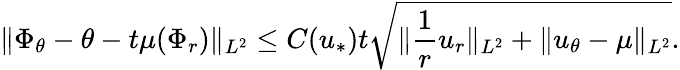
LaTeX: \| \Phi_{\theta}-\theta-t\mu(\Phi_{r})\| _{L^{2}}\leq C(u_{*})t\sqrt{\| \frac{1}{r}u_{r}\| _{L^{2}}+\| u_{\theta}-\mu\| _{L^{2}}}.